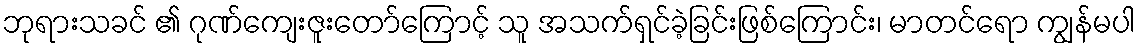
ဘုရားသခင် ၏ ဂုဏ်ကျေးဇူးတော်ကြောင့် သူ အသက်ရှင်ခဲ့ခြင်းဖြစ်ကြောင်း၊ မာတင်ရော ကျွန်မပါ